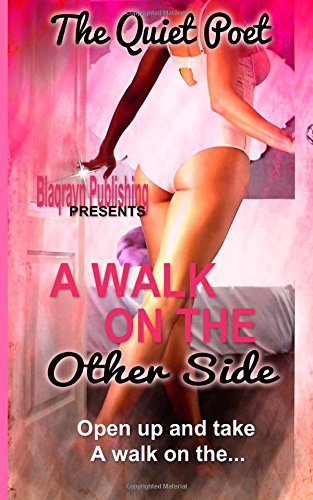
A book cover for A Walk on the Other Side; The Quiet Poet; Romance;